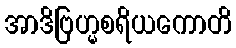
အာဒိဗြဟ္မစရိယကောတိ